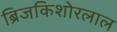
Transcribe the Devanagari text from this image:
ब्रिजकिशोरलाल